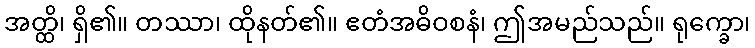
အတ္ထိ၊ ရှိ၏။ တဿာ၊ ထိုနတ်၏။ ဧတံအဓိဝစနံ၊ ဤအမည်သည်။ ရုက္ခော၊